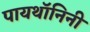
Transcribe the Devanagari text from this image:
पायथॉनिनी